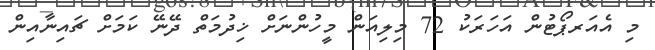
މި އެއަރޕޯޓުން އަހަރަކު 72 މިލިއަން މީހުންނަށް ޚިދުމަތް ދޭނޭ ކަމަށް ޗައިނާއިން